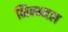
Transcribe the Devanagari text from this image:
भिन्न्मल